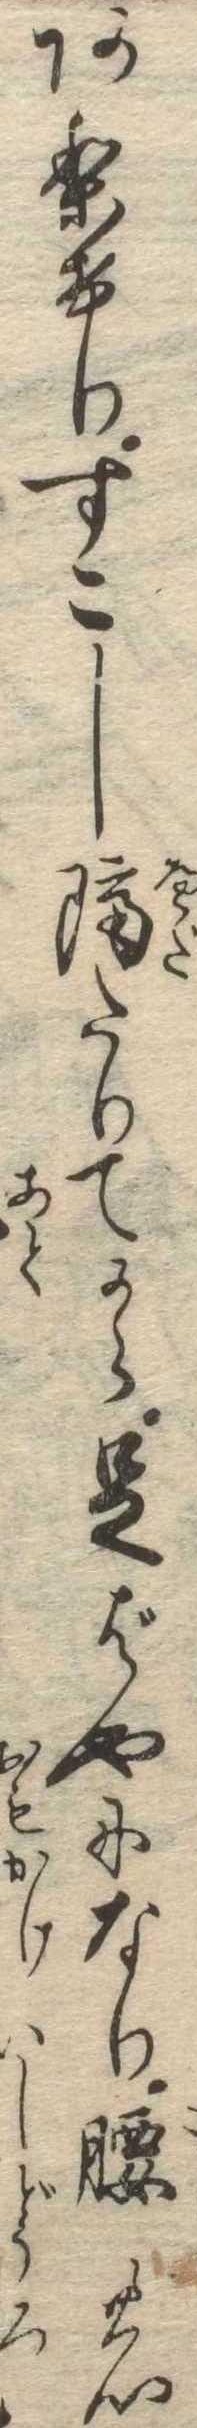
ありけりすこし隔たりてから足ばやになり腰の